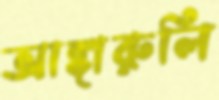
আঙ্গারুলি